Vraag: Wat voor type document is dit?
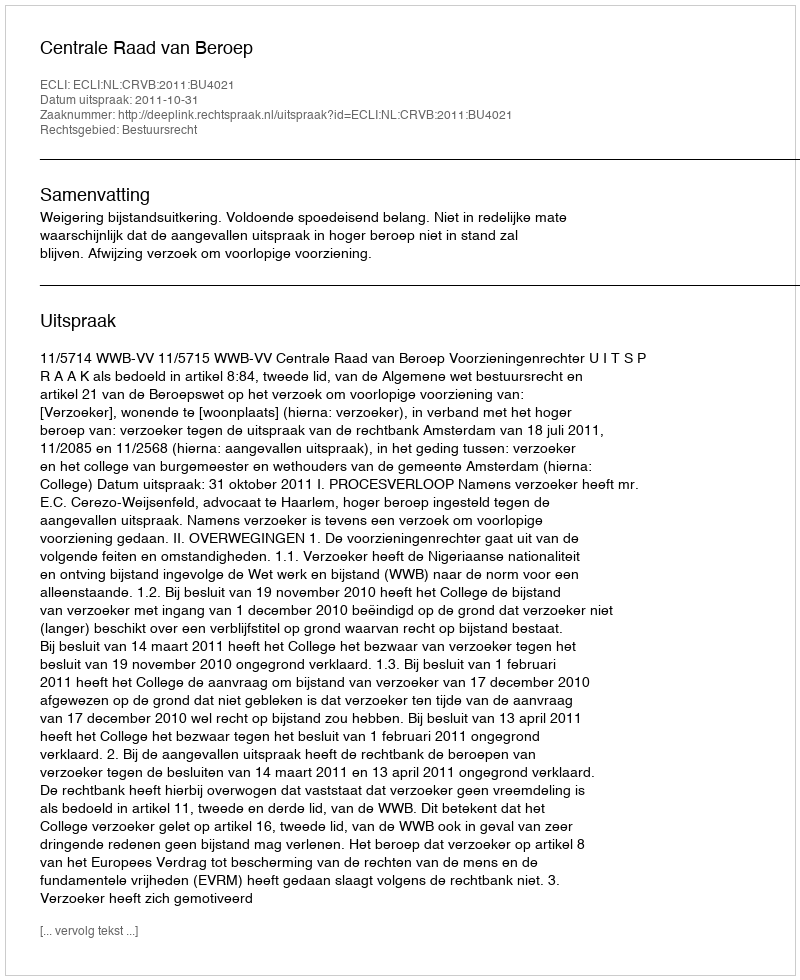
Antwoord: Uitspraak